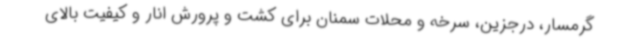
گرمسار، درجزین، سرخه و محلات سمنان برای کشت و پرورش انار و کیفیت بالای